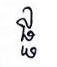
ផ្ផ